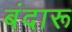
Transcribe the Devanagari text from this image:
बंदारू